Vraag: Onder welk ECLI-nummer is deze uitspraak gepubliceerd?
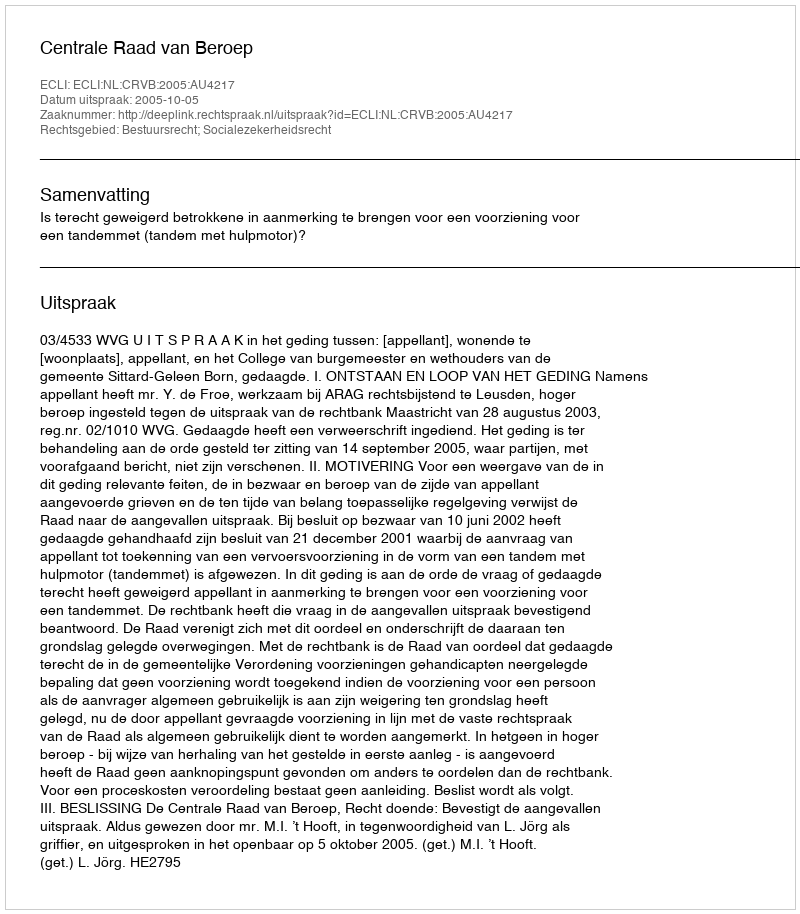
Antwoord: ECLI:NL:CRVB:2005:AU4217